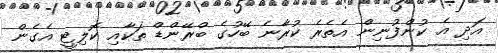
އަދި އެ ކުންފުނިން އެތެރެ ކުރާނެ ބޭހުގެ ބްރޭންޑް ތަކާއި ކޮލިޓީ އެގެން